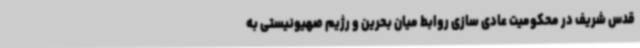
قدس شریف در محکومیت عادی سازی روابط میان بحرین و رژیم صهیونیستی به